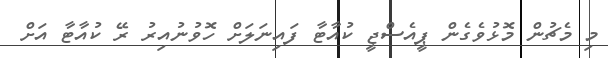
މި މެޗުން މޮޅުވެގެން ޕީއެސްޖީ ކުއާޓާ ފައިނަލަށް ހޮވުނުއިރު ރޭ ކުއާޓާ އަށް